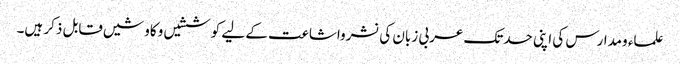
علماء ومدارس کی اپنی حدتک عربی زبان کی نشرواشاعت کے لیے کوششیں وکاوشیں قابل ذکر ہیں۔